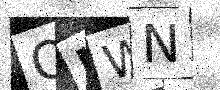
Text: ONWN